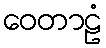
ဝေတာဠံ